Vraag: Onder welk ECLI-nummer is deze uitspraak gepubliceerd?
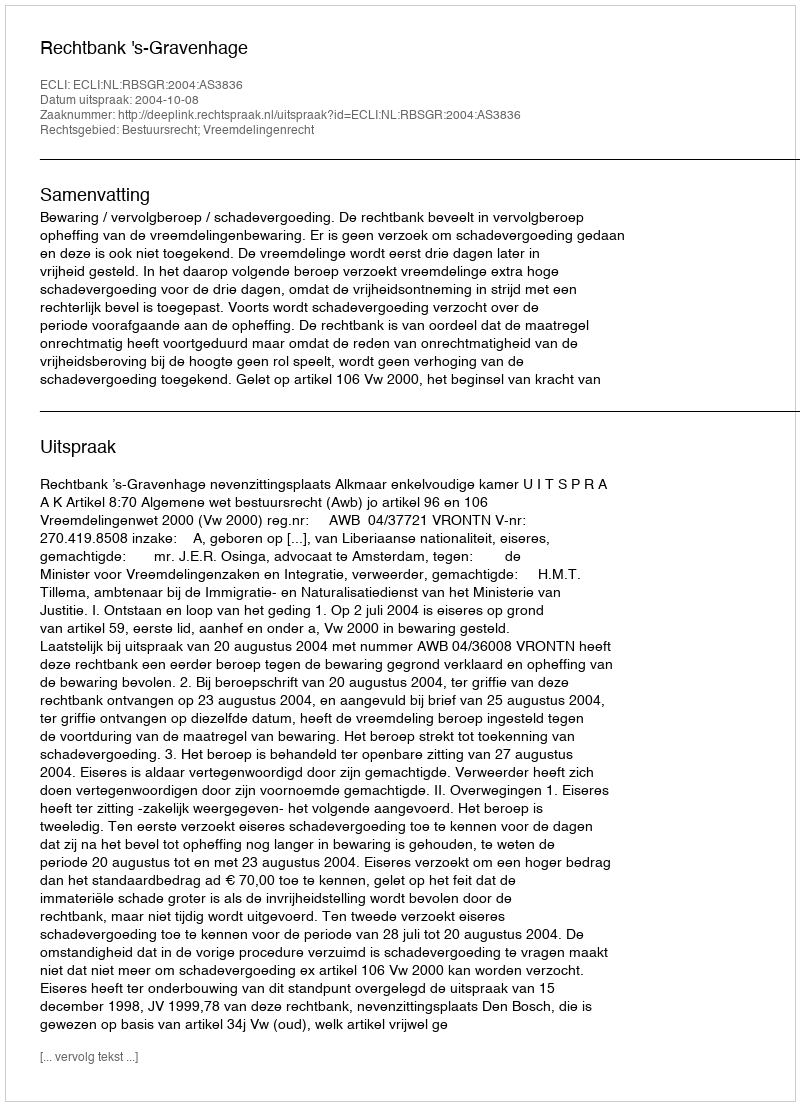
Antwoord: ECLI:NL:RBSGR:2004:AS3836